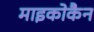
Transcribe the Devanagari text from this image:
माइकोकैन